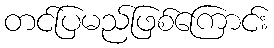
တင်ပြမည်ဖြစ်ကြောင်း